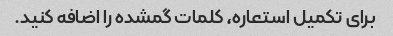
برای تکمیل استعاره، کلمات گمشده را اضافه کنید.